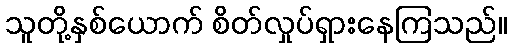
သူတို့နှစ်ယောက် စိတ်လှုပ်ရှားနေကြသည်။